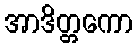
အာဒိတ္တကော